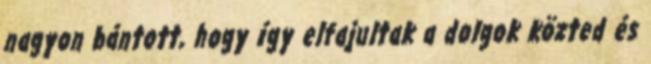
nagyon bántott, hogy így elfajultak a dolgok közted és